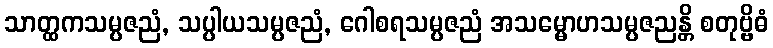
သာတ္ထကသမ္ပဇညံ, သပ္ပါယသမ္ပဇညံ, ဂေါစရသမ္ပဇညံ အသမ္မောဟသမ္ပဇညန္တိ စတုဗ္ဗိဓံ